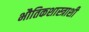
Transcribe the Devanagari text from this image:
भौतिकशास्त्राशी